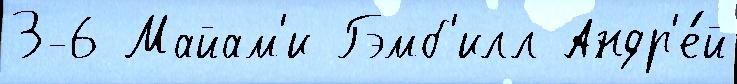
3-6 Майам'и Гэмб'илл Андр'е́й